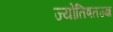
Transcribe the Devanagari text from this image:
ज्योतिषतज्ज्ञ